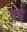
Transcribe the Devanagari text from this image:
अर्च